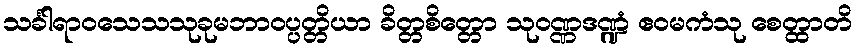
သင်္ခါရာဝသေသသုခုမဘာဝပ္ပတ္တိယာ ခိတ္တစိတ္တော သုဝဏ္ဏဒဏ္ဍံ ဧဝမကံသု စေတ္ထာတိ